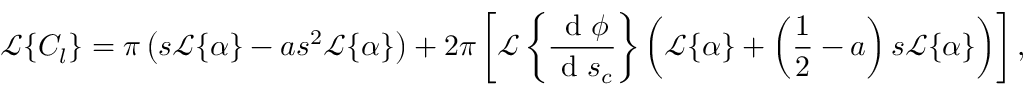
\mathcal { L } \{ C _ { l } \} = \pi \left( s \mathcal { L } \{ \alpha \} - a s ^ { 2 } \mathcal { L } \{ \alpha \} \right) + 2 \pi \left[ \mathcal { L } \left\{ \frac { \mathrm { ~ d ~ } \phi } { \mathrm { ~ d ~ } s _ { c } } \right\} \left( \mathcal { L } \{ \alpha \} + \left( \frac { 1 } { 2 } - a \right) s \mathcal { L } \{ \alpha \} \right) \right] ,